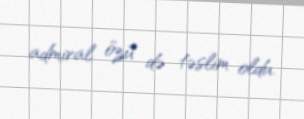
admiral özü də təslim oldu.